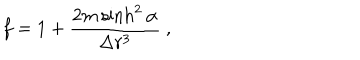
f = 1 + \frac { 2 m \sinh ^ { 2 } \alpha } { \Delta r ^ { 3 } } \ ,